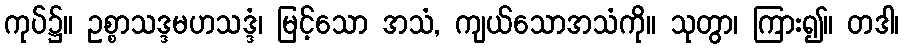
ကုပ်၌။ ဥစ္စာသဒ္ဒမဟသဒ္ဒံ၊ မြင့်သော အသံ, ကျယ်သောအသံကို။ သုတွာ၊ ကြား၍။ တဒါ၊